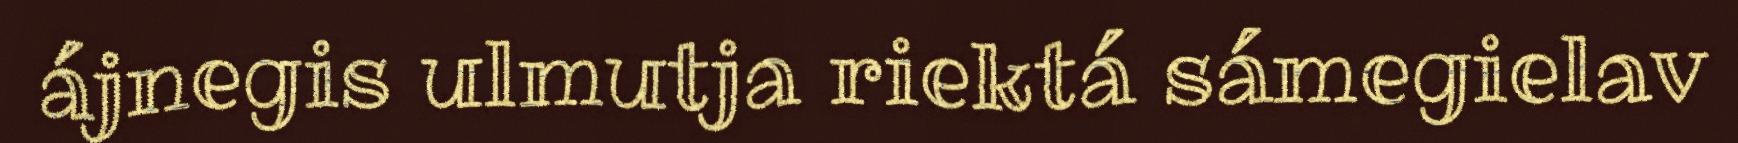
ájnegis ulmutja riektá sámegielav